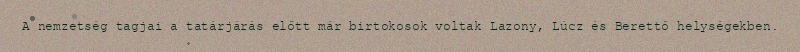
A nemzetség tagjai a tatárjárás előtt már birtokosok voltak Lazony, Lúcz és Berettő helységekben.